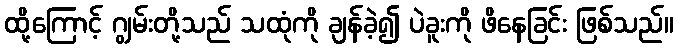
ထို့ကြောင့် ဂျွမ်းတို့သည် သထုံကို ချန်ခဲ့၍ ပဲခူးကို ဖိနေခြင်း ဖြစ်သည်။